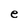
Character: e